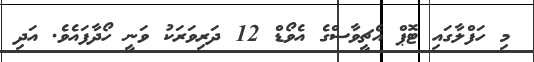
މި ހަފްލާގައި ޓޮޕް އެޗީވާސްގެ އެވޯޑް 12 ދަރިވަރަކު ވަނީ ހޯދާފައެވެ. އަދި